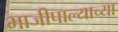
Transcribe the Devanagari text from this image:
भाजीपाल्याच्या